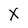
Character: X